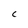
Character: C